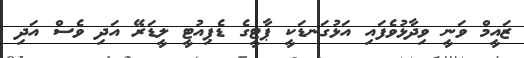
ޒައީމް ވަނީ ވިދާޅުވެފައި އަޅުގަނޑަކީ ޕާޓީގެ ޑެޕިއުޓީ ލީޑަރޭ އަދި ވެސް އަދި